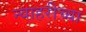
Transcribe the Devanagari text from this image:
न्याहरीच्या